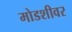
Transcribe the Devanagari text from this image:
मोडशीवर